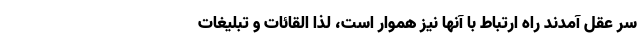
سر عقل آمدند راه ارتباط با آنها نیز هموار است، لذا القائات و تبلیغات